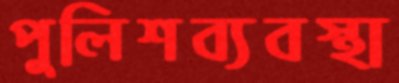
পুলিশব্যবস্থা